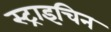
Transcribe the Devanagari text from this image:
स्ट्राइचिन